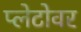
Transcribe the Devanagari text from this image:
प्लेटोवर